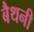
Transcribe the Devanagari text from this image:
बैथनी